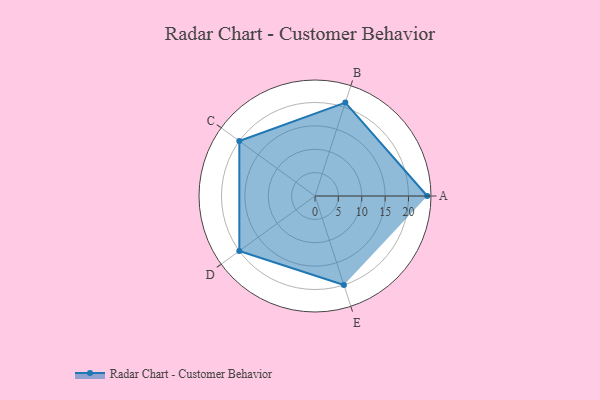
{"axis": {"x": "Skill", "y": "Score"}, "legend": ["Profile"], "data": [{"x": "A", "y": 24.0, "type": "Profile"}, {"x": "B", "y": 21.0, "type": "Profile"}, {"x": "C", "y": 20, "type": "Profile"}, {"x": "D", "y": 20, "type": "Profile"}, {"x": "E", "y": 20, "type": "Profile"}]}